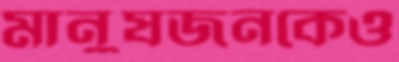
মানুষজনকেও